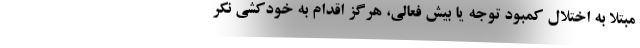
مبتلا به اختلال کمبود توجه یا بیش فعالی، هرگز اقدام به خودکشی نکر